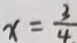
x = \frac { 3 } { 4 }